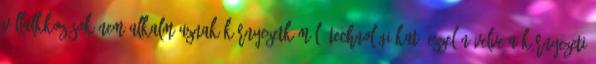
vállalkkozások nem alkalm,aznak környezetkímélő technológiákat, ezzel növelve a környezeti